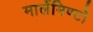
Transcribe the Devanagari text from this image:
मार्लेमिण्टो